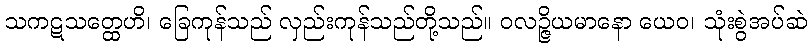
သကဋသတ္ထေဟိ၊ ခြေကုန်သည် လှည်းကုန်သည်တို့သည်။ ဝလဉ္ဇိယမာနော ယေဝ၊ သုံးစွဲအပ်ဆဲ